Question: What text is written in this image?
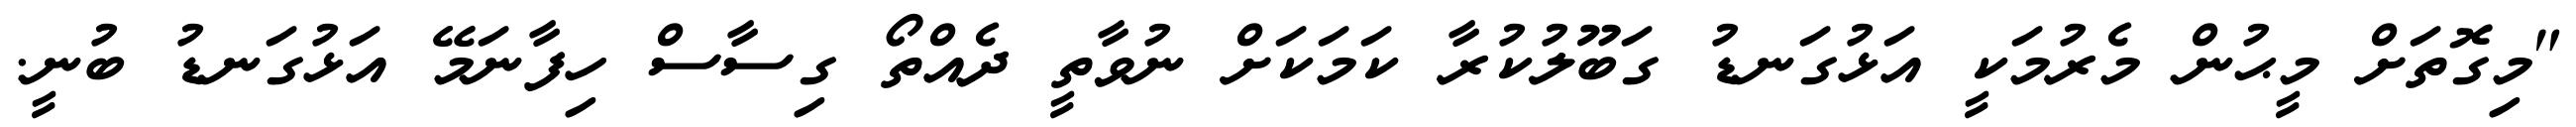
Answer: "މިގޮތަށް މީޙުން މެރުމަކީ އަޅުގަނޑު ގަބޫލުކުރާ ކަމަކަށް ނުވާތީ ދެއްތޯ ގިސާސް ހިފާނަމޭ އަޅުގަނޑު ބުނީ.